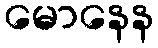
မောနေန